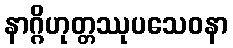
နာဂ္ဂိဟုတ္တဿုပသေဝနာ